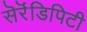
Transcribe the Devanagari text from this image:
सॆरॆंडिपिटी